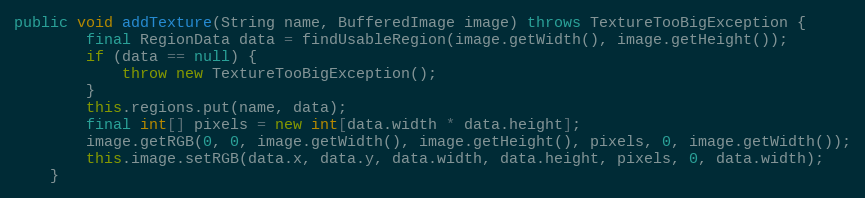
Language: Java
public void addTexture(String name, BufferedImage image) throws TextureTooBigException {
        final RegionData data = findUsableRegion(image.getWidth(), image.getHeight());
        if (data == null) {
            throw new TextureTooBigException();
        }
        this.regions.put(name, data);
        final int[] pixels = new int[data.width * data.height];
        image.getRGB(0, 0, image.getWidth(), image.getHeight(), pixels, 0, image.getWidth());
        this.image.setRGB(data.x, data.y, data.width, data.height, pixels, 0, data.width);
    }